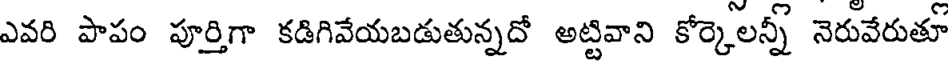
ఎవరి పాపం పూర్తిగా కడిగివేయబడుతున్నదో అట్టివాని కోర్కెలన్నీ నెరువేరుతూ